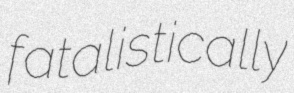
fatalistically